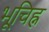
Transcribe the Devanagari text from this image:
भूचिह्न